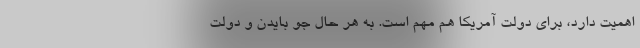
اهمیت دارد، برای دولت آمریکا هم مهم است. به هر حال جو بایدن و دولت